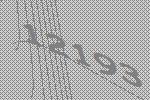
12193